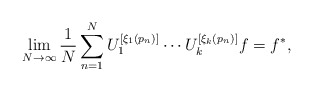
\begin{align*}\lim_{N \rightarrow \infty} \frac{1}{N} \sum_{n=1}^N U_1^{[\xi_1(p_n)]} \cdots U_k^{[\xi_k(p_n)]} f = f^*,\end{align*}